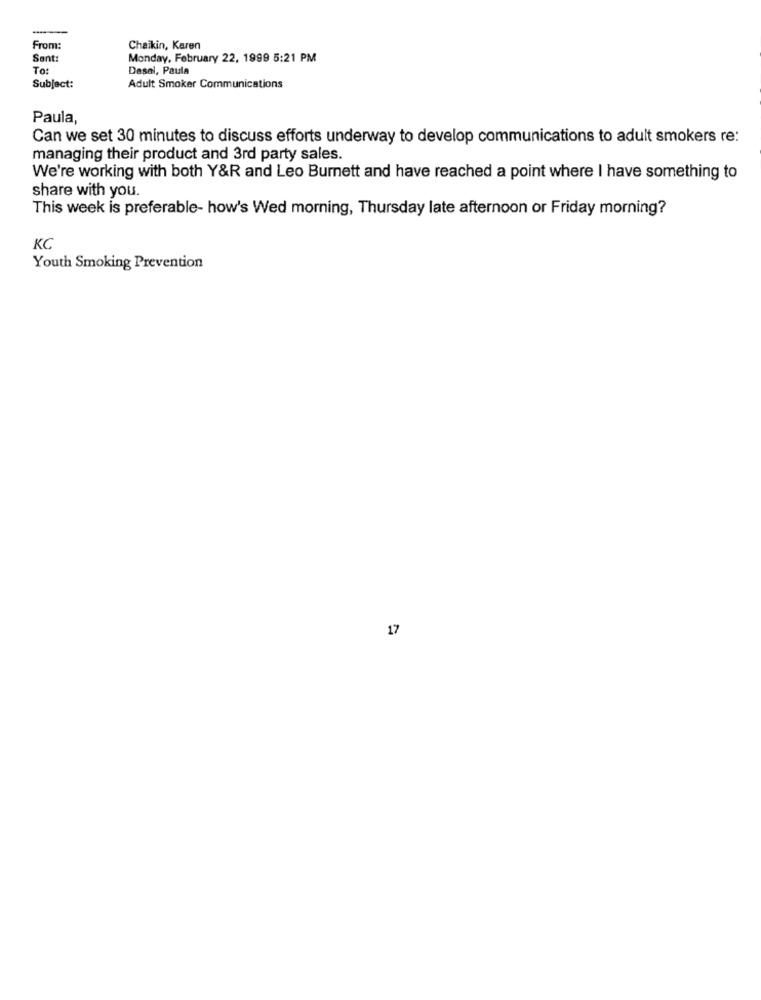
From:
Chaikin, Karen
Sent:
Monday, February 22, 1999 5:21 PM
To:
Desel, Paula
Subject:
Adult Smoker Communications
Paula
Can we set 30 minutes to discuss efforts underway to develop communications to adult smokers re:
managing their product and 3rd party sales.
We're working with both Y&R and Leo Burnett and have reached a point where I have something to
share with you.
This week is preferable- how's Wed morning, Thursday late afternoon or Friday morning?
KC
Youth Smoking Prevention
17